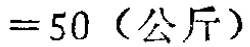
$=50 \text{（公斤）}$